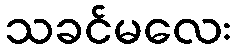
သခင်မလေး